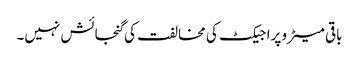
باقی میٹرو پراجیکٹ کی مخالفت کی گنجائش نہیں۔